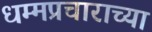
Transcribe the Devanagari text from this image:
धम्मप्रचाराच्या